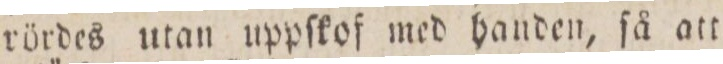
rördes utan uppſkof med handen, få att